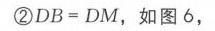
\textcircled{2} \(DB = DM\)，如图6，